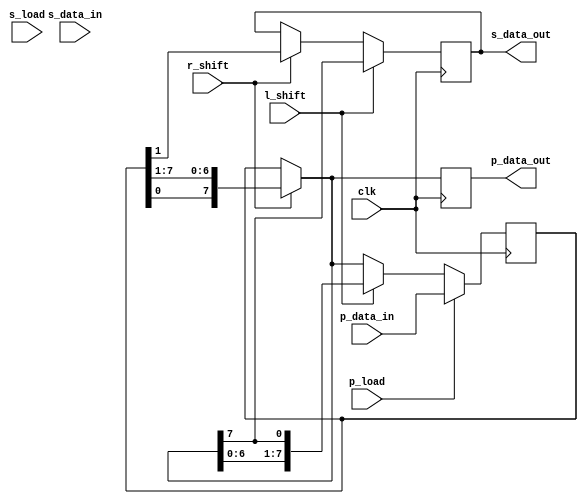
`timescale 1ns / 1ps
//////////////////////////////////////////////////////////////////////////////////
// Company: 
// Engineer: 
// 
// Design Name: 
// Module Name: universal_shift_reg
// Project Name: 
// Target Devices: 
// Tool Versions: 
// Description: 
// 
// Dependencies: 
// 
// Revision:
// Revision 0.01 - File Created
// Additional Comments:
// 
//////////////////////////////////////////////////////////////////////////////////


module universal_shift_reg(
    input clk,
    input r_shift,
    input l_shift,
    input p_load,
    input s_load,
    input [7:0] p_data_in,
    input s_data_in,
    output reg [7:0] p_data_out,
    output reg s_data_out    
    );

reg [7:0] shift_reg;
reg [2:0] r_index;
reg [2:0] l_index;

initial 
begin
    shift_reg <= 0;
    p_data_out <= 0;
    s_data_out <= 0;
    r_index <= 0;
    l_index <= 0;
end

always@(posedge clk)
begin
    if (r_shift)
    begin
        /*
        case(r_index)
            0: s_data_out <= shift_reg[0];
            1: s_data_out <= shift_reg[1];
            2: s_data_out <= shift_reg[2];
            3: s_data_out <= shift_reg[3];
            4: s_data_out <= shift_reg[4];
            5: s_data_out <= shift_reg[5];
            6: s_data_out <= shift_reg[6];
            7: s_data_out <= shift_reg[7];
        endcase
        r_index = r_index + 1;
        */
        
        if (s_load)
            shift_reg[0] <= s_data_in;
        
        shift_reg = {shift_reg[0], shift_reg[7:1]};
        s_data_out <= shift_reg[0];
    end
    
    if (l_shift)
    begin
        /*
        case(l_index)
            0: s_data_out <= shift_reg[7];
            1: s_data_out <= shift_reg[6];
            2: s_data_out <= shift_reg[5];
            3: s_data_out <= shift_reg[4];
            4: s_data_out <= shift_reg[3];
            5: s_data_out <= shift_reg[2];
            6: s_data_out <= shift_reg[1];
            7: s_data_out <= shift_reg[0];
        endcase
        l_index = l_index + 1;
        */
        
        if (s_load)
            shift_reg[7] <= s_data_in;
        
        shift_reg <= {shift_reg[6:0], shift_reg[7]};
        s_data_out <= shift_reg[7];
    end
    
    if (p_load)
        shift_reg <= p_data_in;
    
    p_data_out <= shift_reg;
    
end

endmodule